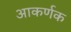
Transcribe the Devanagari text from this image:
आकर्णक